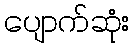
ပျောက်ဆုံး